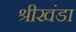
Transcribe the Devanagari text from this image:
श्रीखंडा